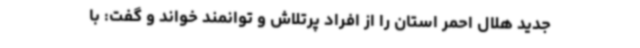
جدید هلال احمر استان را از افراد پرتلاش و توانمند خواند و گفت: با